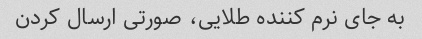
به جای نرم کننده طلایی، صورتی ارسال کردن